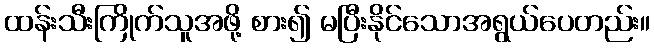
ထန်းသီးကြိုက်သူအဖို့ စား၍ မပြီးနိုင်သောအရွယ်ပေတည်း။